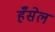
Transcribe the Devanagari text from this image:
हँसेल